Newspaper: The San Saba news. [volume]
Place of publication: San Saba, Tex.
Publisher: Melton & Millican
Date: 1890-04-18 00:00:00
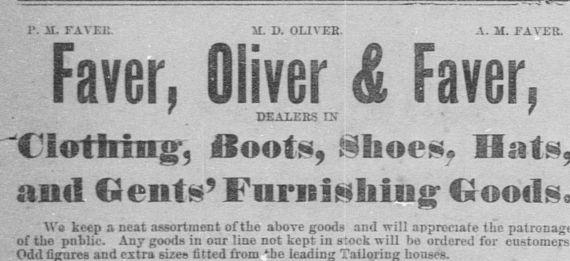
Advertisement text (OCR):
DEALERS tS P 1L FAVEi It OLIVER A II FAVER and eiits9 W keep a neat assortment of the above goods and will appreciate tile of tho pnhlic Any goods in oar line not kept in stock will be ordered for customers Odd and extra sizes fitted from ibo houses
Label: text-only